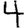
Digit: 4